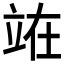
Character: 𫞼